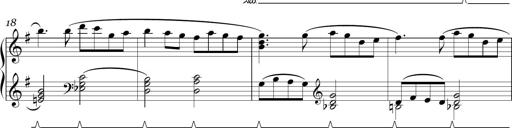
Title: Sonatina in E minor
Composer: Shuwen Zhang
Key: E minor